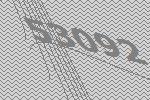
53092